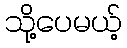
သို့ပေမယ့်